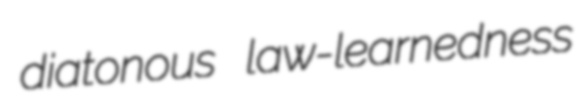
diatonous law-learnedness